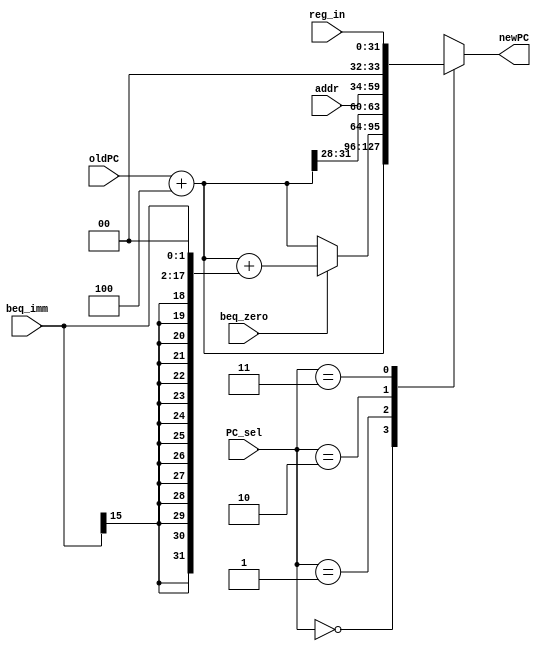

module npc(
   input [31:0] oldPC,
	 input [15:0] beq_imm,
	 input [25:0] addr,
	 input [31:0] reg_in,
	 input  beq_zero,    
    input [1:0] PC_sel,   
    output reg [31:0] newPC
    );
  
   wire [31:0] PC4;
   assign PC4 = oldPC + 4;
   
	 always @(oldPC or beq_imm or beq_zero or PC_sel) begin
		case(PC_sel)
			2'b00:	newPC = PC4;
			2'b01:			
				if(beq_zero == 1) newPC = PC4 + {{14{beq_imm[15]}},beq_imm[15:0],2'b00};//beq
				else newPC = PC4;	
			2'b10: //j&jal
			  newPC = {{PC4[31:28]},addr[25:0],2'b00};
			2'b11: newPC = reg_in; //jr
	  				
		endcase		
	
	 end	 

endmodule